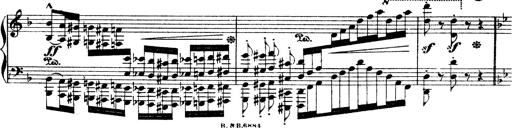
Title: Illustrations de l'opÃ©ra L'Africaine
Composer: Franz Liszt